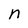
Character: n